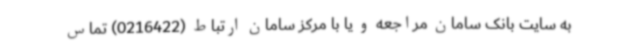
به سایت بانک سامان مراجعه و یا با مرکز سامان ارتباط (0216422) تماس